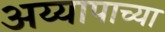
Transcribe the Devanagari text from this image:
अय्यापाच्या